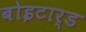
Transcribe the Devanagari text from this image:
बोइटार्ड